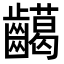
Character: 𪙰